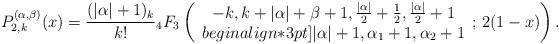
LaTeX: \begin{align*} P^{(\alpha,\beta)}_{2,k}(x)=\frac{(|\alpha|+1)_k}{k!}{}_4F_{3}\left(\begin{array}{c} -k,k+|\alpha|+\beta+1,\frac{|\alpha|}{2}+\frac{1}{2},\frac{|\alpha|}{2}+1\\begin{align*}3pt] |\alpha|+1,\alpha_1+1,\alpha_2+1\end{array};\,2(1-x)\right).\end{align*}